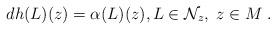
LaTeX: \begin{align*}dh(L)(z)=\alpha(L)(z), L\in\mathcal{N}_z,\; z\in M\; .\end{align*}